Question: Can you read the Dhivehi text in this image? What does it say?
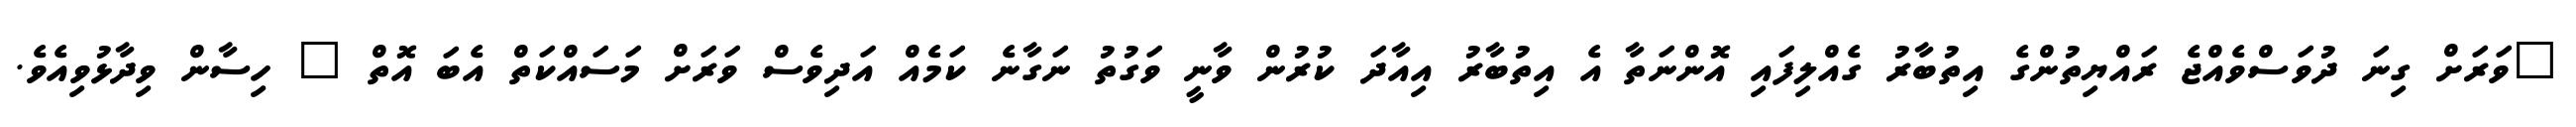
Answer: "ވަރަށް ގިނަ ދުވަސްވެއްޖެ ރައްޔިތުންގެ އިތުބާރު ގެއްލިފައި އޮންނަތާ އެ އިތުބާރު އިއާދަ ކުރުން ވާނީ ވަގުތު ނަގާނެ ކަމެއް އަދިވެސް ވަރަށް މަސައްކަތް އެބަ އޮތް " ހިސާން ވިދާޅުވިއެވެ.